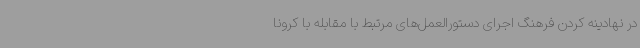
در نهادینه کردن فرهنگ اجرای دستورالعمل‌های مرتبط با مقابله با کرونا